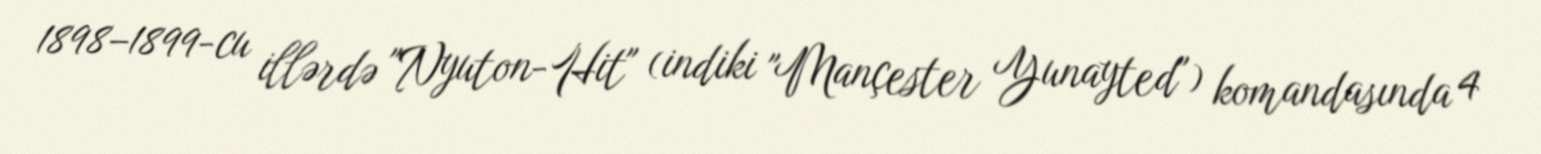
1898–1899-cu illərdə "Nyuton-Hit" (indiki "Mançester Yunayted") komandasında 4